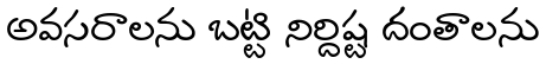
అవసరాలను బట్టి నిర్దిష్ట దంతాలను